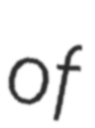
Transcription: of